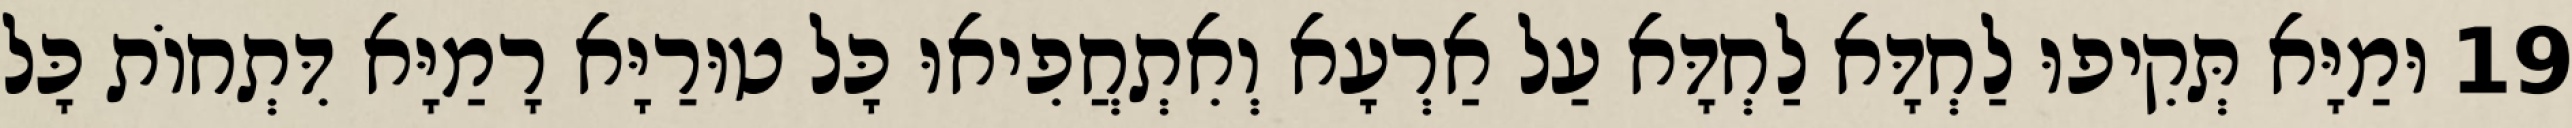
19 וּמַיָּא תְּקִיפוּ לַחְדָּא לַחְדָּא עַל אַרְעָא וְאִתְחֲפִיאוּ כָּל טוּרַיָּא רָמַיָּא דִּתְחוֹת כָּל